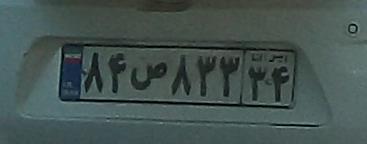
۸۴ص۸۳۳۳۴